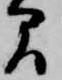
間